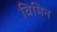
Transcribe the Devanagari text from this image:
विमिन